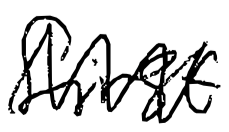
Text: first
Cross-out: zig-zag
Writing tool: digital_black